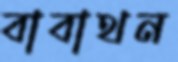
বাবাথন